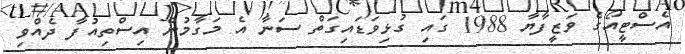
އެސްޓީއޯގެ ވަޒީފާޔާ 1988 ގައި ގުޅިވަޑައިގަތް ސަނާ އެ މަގާމުން އިސްތިއުފާ ދެއްވި